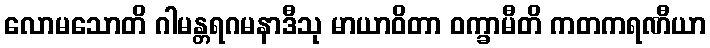
လောမသောတိ ဂါမန္တရဂမနာဒီသု မာယာဝိတာ ဝက္ခာမီတိ ကတကရဏီယာ